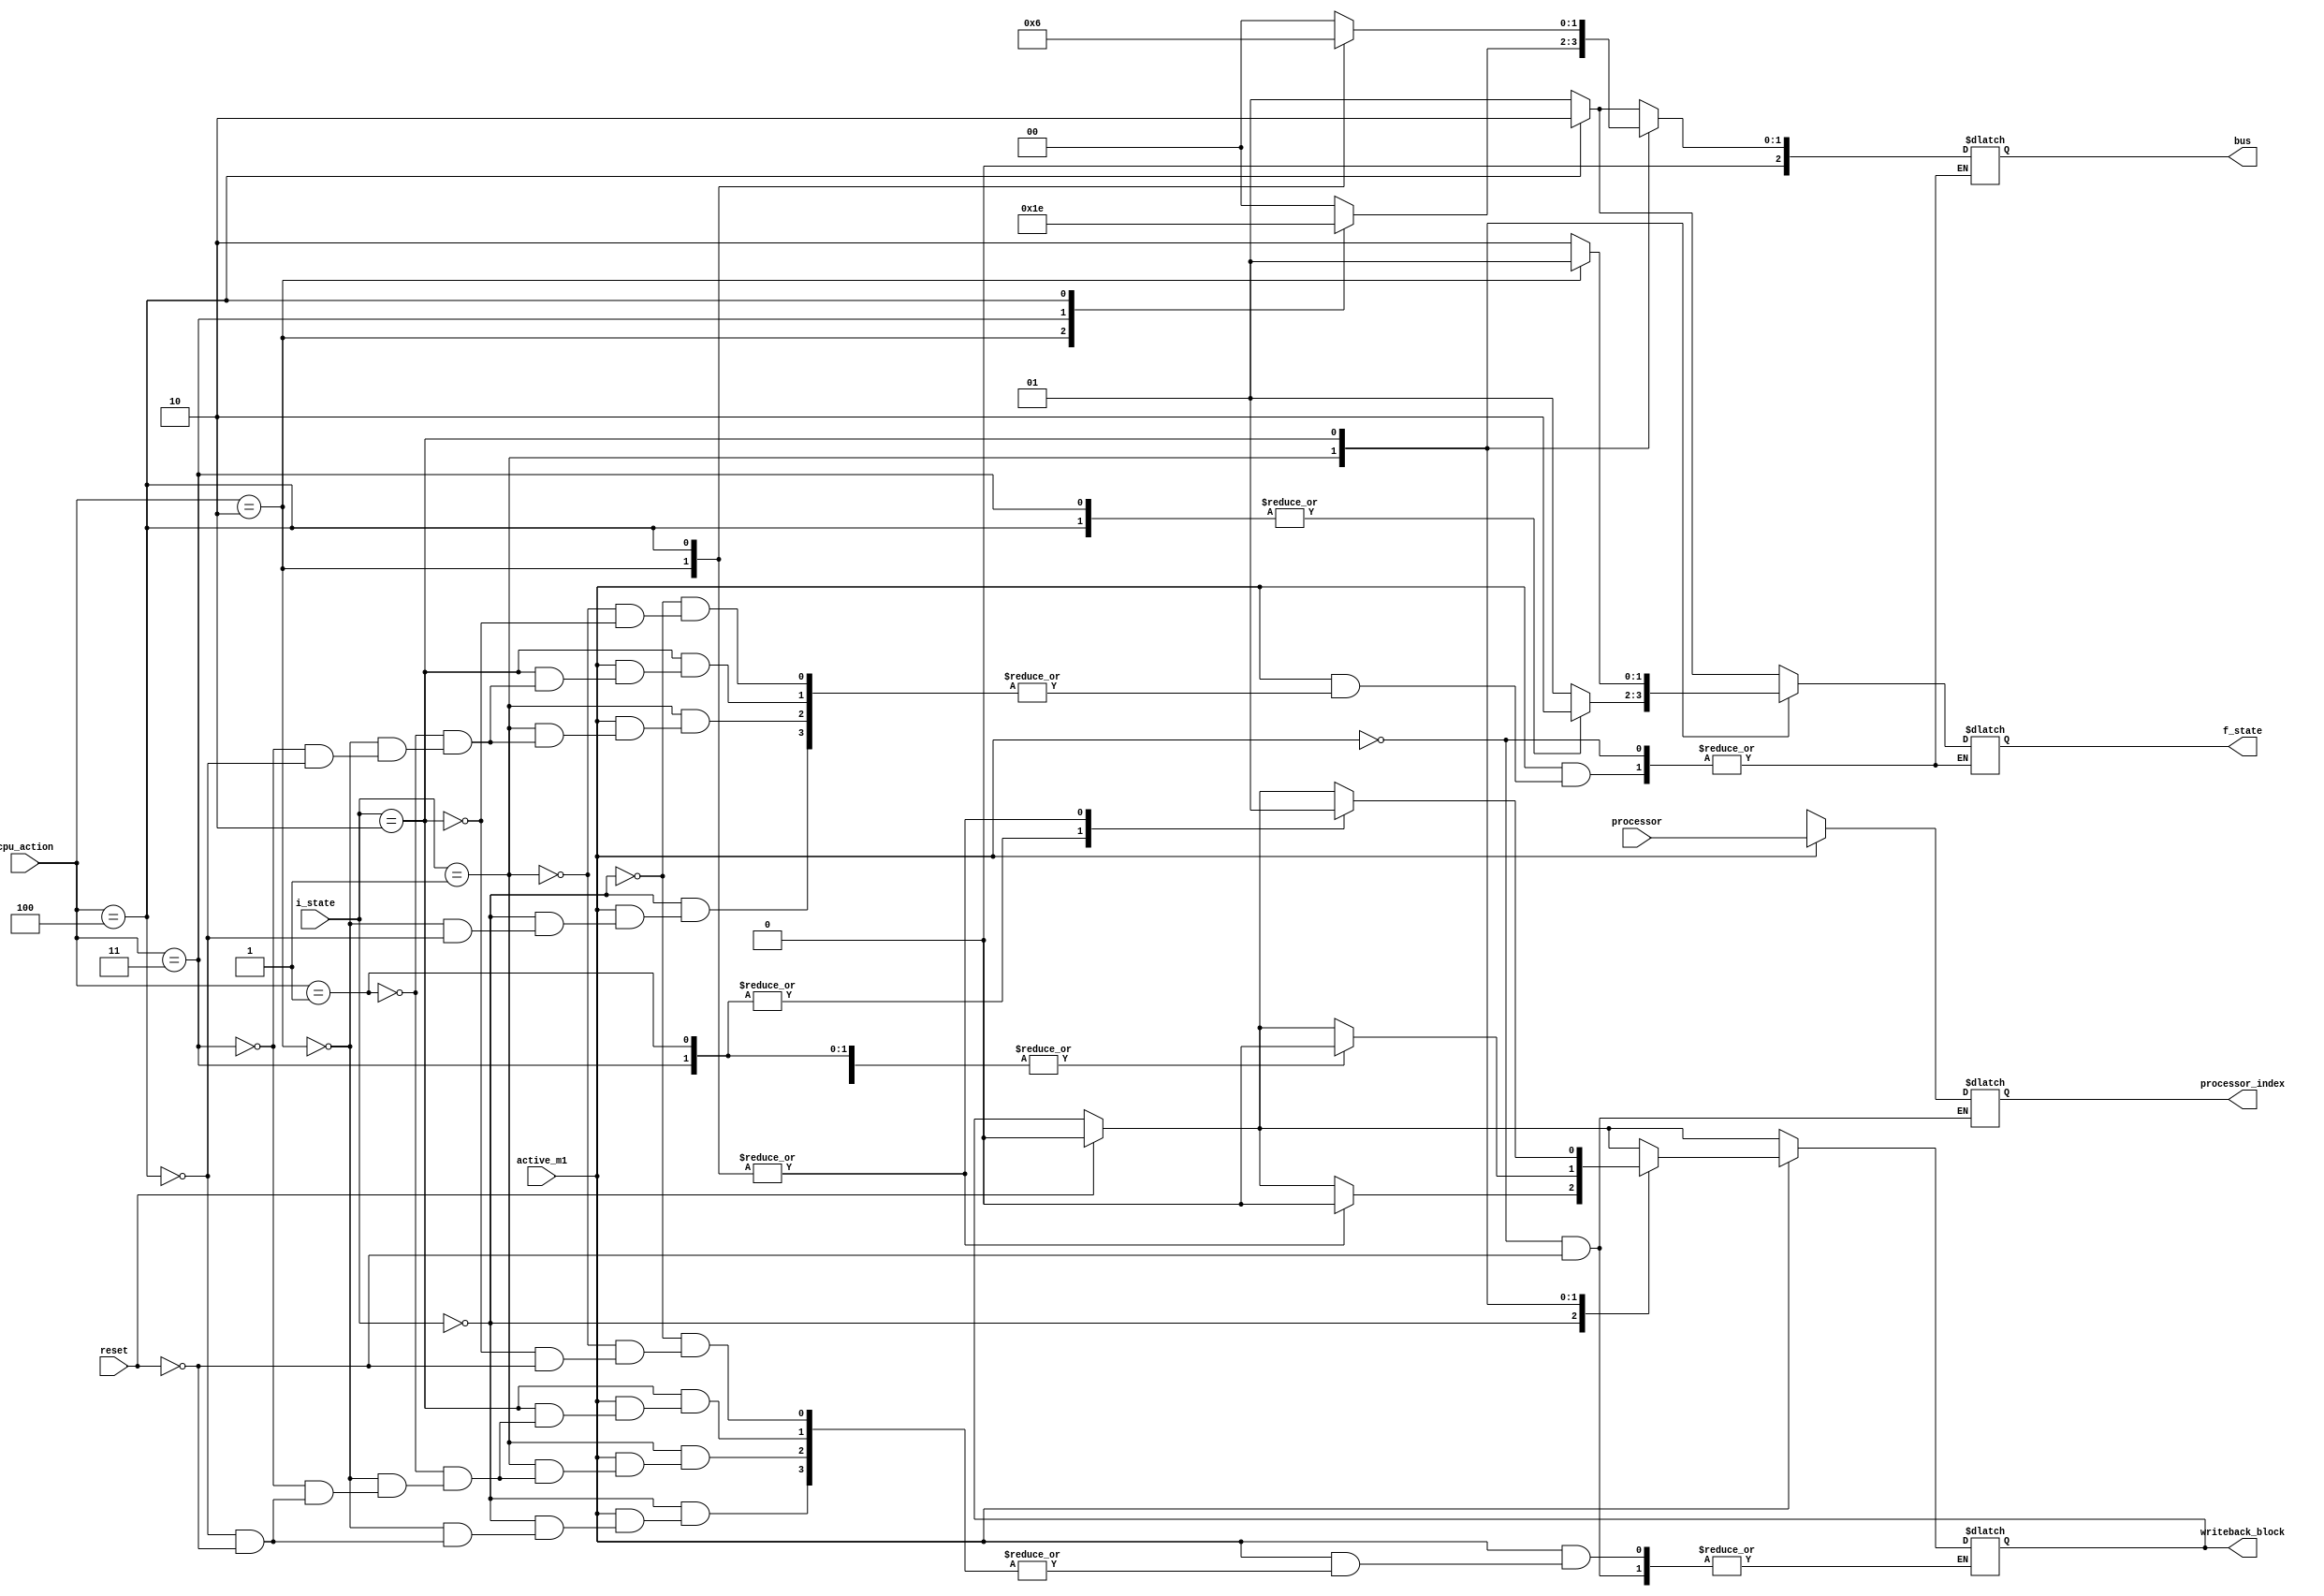
module state_machine1(reset, active_m1, cpu_action, i_state, processor, writeback_block, f_state, bus, processor_index);
    input reset, active_m1;
    input [2:0] cpu_action;
    input [1:0] i_state, processor; 

    output reg writeback_block;
    output reg [1:0] f_state, processor_index;
    output reg [2:0] bus;

    initial 
        writeback_block = 1'b0;

    always @(*) begin
        if (reset) begin
            processor_index = 2'bxx;
            writeback_block = 0;
        end
        if (active_m1) begin   
            processor_index = processor;
            case (i_state)
                //invalid
                2'b00: begin
                    case(cpu_action)
                        3'b010: begin
                            bus = 3'b001;
                            f_state = 3'b01;
                            writeback_block = 1'b0;
                        end
                        3'b100: begin
                            bus = 3'b010;
                            f_state = 3'b10;
                            writeback_block = 1'b0;
                        end
                    endcase
                end
                //shared
                2'b01: begin
                    case (cpu_action)
                        //read hit
                        3'b001: begin
                            bus = 3'b0;
                            f_state = 2'b01;
                            writeback_block = 1'b0;
                        end
                        //read miss
                        3'b010: begin
                            bus = 3'b001;
                            f_state = 2'b01;
                            writeback_block = 1'b0;
                        end
                        //write hit
                        3'b011: begin
                            bus = 3'b011;
                            f_state = 2'b10;
                            writeback_block = 1'b0;
                        end
                        //write miss
                        3'b100: begin
                            bus = 3'b010;
                            f_state = 2'b10;
                            writeback_block = 1'b0;
                        end
                    endcase
                end
                //exclusive
                2'b10: begin
                    case (cpu_action)
                        //cpu read hit
                        3'b001: begin
                            bus = 3'b0;
                            f_state = 2'b10;
                            writeback_block = 1'b0;
                        end
                        //cpu read miss
                        3'b010: begin
                            bus = 3'b001;
                            f_state = 2'b01;
                            writeback_block = 1'b1;
                        end
                        //cpu write hit
                        3'b011: begin
                            bus = 3'b0;
                            f_state = 2'b10;
                            writeback_block = 1'b0;
                        end
                        //cpu write miss
                        3'b100: begin
                            bus = 3'b010;
                            f_state = 2'b10;
                            writeback_block = 1'b1;
                        end
                    endcase    
                end
            endcase
        end
    end
endmodule